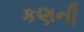
કણની